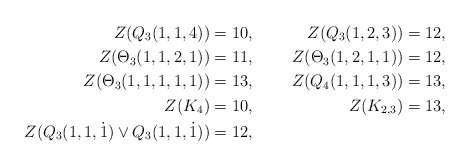
\begin{align*} Z(Q_3(1,1,4))&= 10,& Z(Q_3(1,2,3))&= 12,&\\ Z(\Theta_{3}(1,1,2,1))&=11,& Z(\Theta_{3}(1,2,1,1))&=12,&\\ Z(\Theta_{3}(1,1,1,1,1))&=13,& Z(Q_4(1,1,1,3))&=13,& \\ Z(K_{4})&=10,& Z(K_{2,3})&=13,\\ Z(Q_3(1,1,\dot 1)\vee Q_3(1,1,\dot 1))&= 12,& \end{align*}